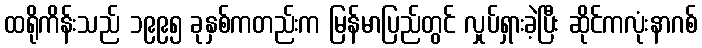
ထရိုကိန်းသည် ၁၉၉၅ ခုနှစ်ကတည်းက မြန်မာပြည်တွင် လှုပ်ရှားခဲ့ပြီး ဆိုင်ကလုံးနာဂစ်